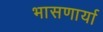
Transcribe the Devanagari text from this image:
भासणार्या